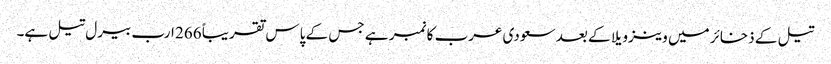
تیل کے ذخائر میں وینزویلا کے بعد سعودی عرب کا نمبر ہے جس کے پاس تقریباً 266 ارب بیرل تیل ہے۔